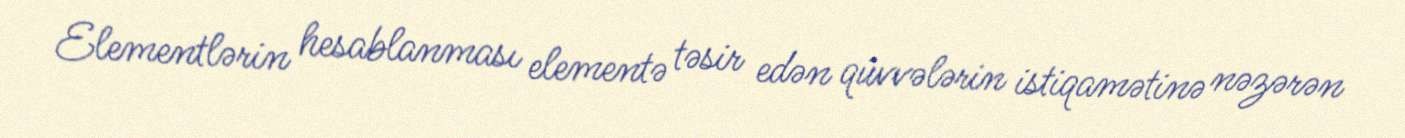
Elementlərin hesablanması elementə təsir edən qüvvələrin istiqamətinə nəzərən